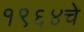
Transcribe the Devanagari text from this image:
१९६४चे